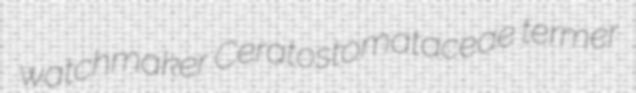
watchmaker Ceratostomataceae termer